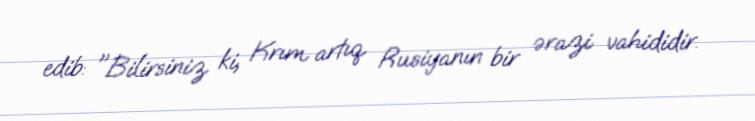
edib: "Bilirsiniz ki, Krım artıq Rusiyanın bir ərazi vahididir.